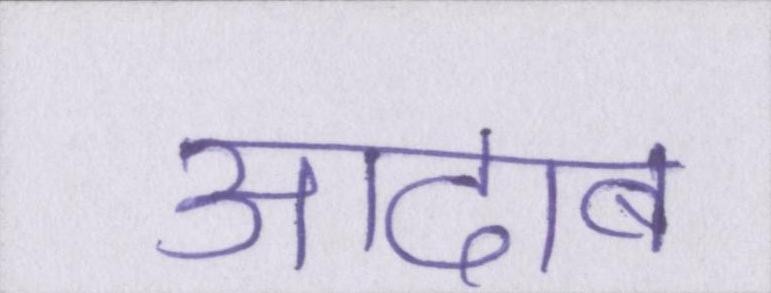
आदाब